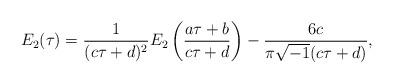
LaTeX: \begin{align*}E_2(\tau)=\frac{1}{(c\tau+d)^2}E_2\left(\frac{a\tau+b}{c\tau+d}\right)-\frac{6c}{\pi\sqrt{-1}(c\tau+d)},\end{align*}